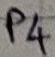
Text: P4